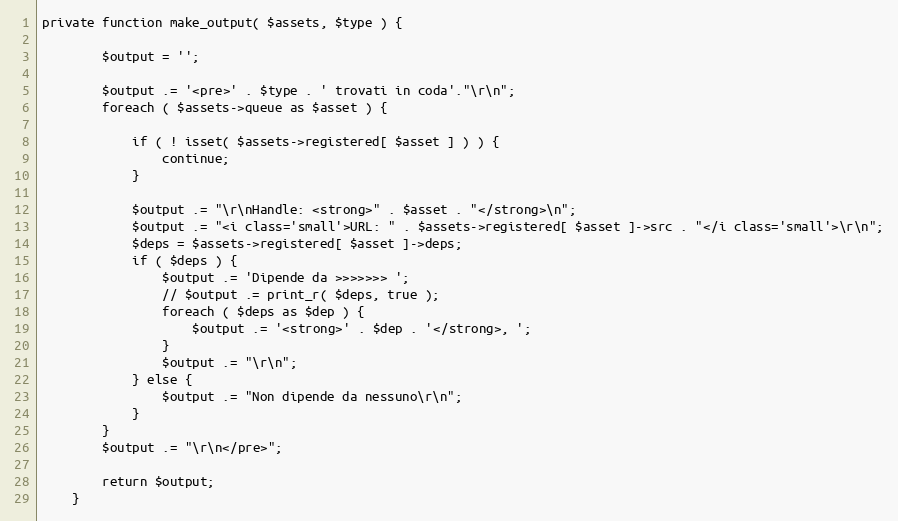
Language: PHP
private function make_output( $assets, $type ) {

		$output = '';

		$output .= '<pre>' . $type . ' trovati in coda'."\r\n";
		foreach ( $assets->queue as $asset ) {

			if ( ! isset( $assets->registered[ $asset ] ) ) {
				continue;
			}

			$output .= "\r\nHandle: <strong>" . $asset . "</strong>\n";
			$output .= "<i class='small'>URL: " . $assets->registered[ $asset ]->src . "</i class='small'>\r\n";
			$deps = $assets->registered[ $asset ]->deps;
			if ( $deps ) {
				$output .= 'Dipende da >>>>>>> ';
				// $output .= print_r( $deps, true );
				foreach ( $deps as $dep ) {
					$output .= '<strong>' . $dep . '</strong>, ';
				}
				$output .= "\r\n";
			} else {
				$output .= "Non dipende da nessuno\r\n";
			}
		}
		$output .= "\r\n</pre>";

		return $output;
	}